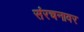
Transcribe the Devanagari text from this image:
संरचनावर